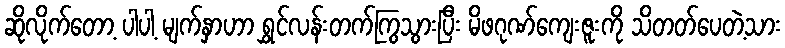
ဆိုလိုက်တော့ ပါပါ့ မျက်နှာဟာ ရွှင်လန်းတက်ကြွသွားပြီး မိဖဂုဏ်ကျေးဇူးကို သိတတ်ပေတဲ့သား